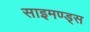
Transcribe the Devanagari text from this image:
साइमण्ड्स